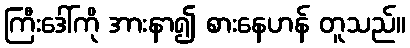
ကြီးဒေါ်ကို အားနာ၍ စားနေဟန် တူသည်။